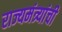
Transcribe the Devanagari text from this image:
राज्यमंत्र्यांची